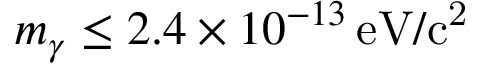
m _ { \gamma } \leq 2 . 4 \times 1 0 ^ { - 1 3 } \, \mathrm { e V / c ^ { 2 } }